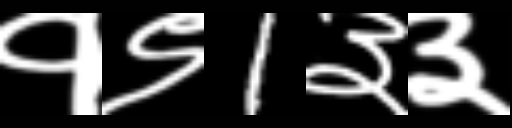
Text: १९1३३